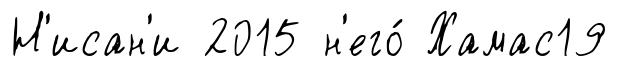
Н'исан'и 2015 н'его́ Хамас19